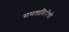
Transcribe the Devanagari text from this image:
समताविरोधी